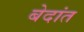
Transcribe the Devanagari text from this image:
बेदांत